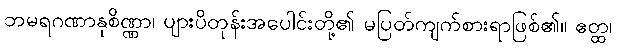
ဘမရဂဏာနုစိဏ္ဏာ၊ ပျားပိတုန်းအပေါင်းတို့၏ မပြတ်ကျက်စားရာဖြစ်၏။ ဧတ္ထ၊